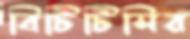
বিটিটিসির